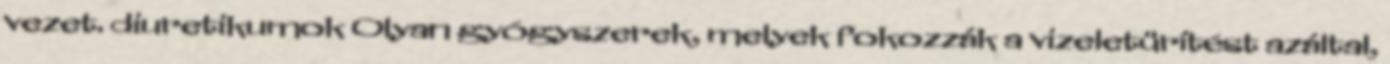
vezet. diuretikumok Olyan gyógyszerek, melyek fokozzák a vizeletürítést azáltal,